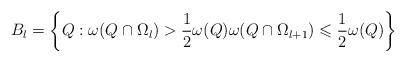
LaTeX: \begin{align*}B_l=\left\{ Q: \omega(Q\cap\Omega_l)>{1\over2}\omega(Q) \omega(Q \cap\Omega_{l+1})\leqslant {1\over2}\omega(Q)\right\}\end{align*}